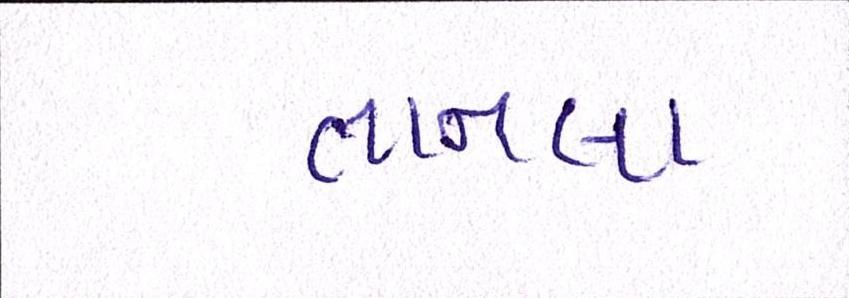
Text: તાનલા